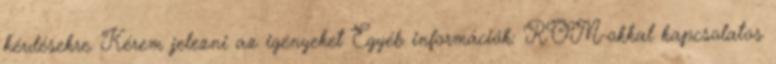
kérdésekre. Kérem jelezni az igényeket Egyéb információk: ROM-okkal kapcsolatos